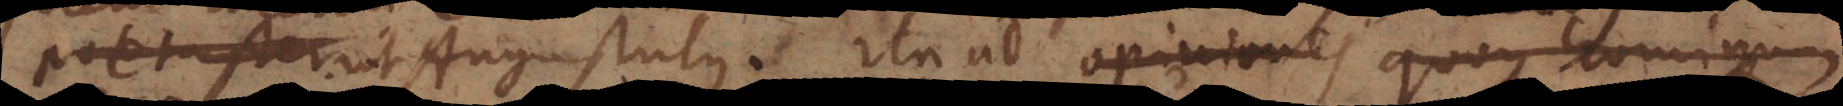
contemtis ut Augustulus. Ita ad opiniones quoque hominum